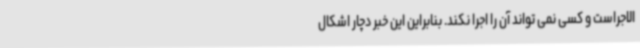
الاجراست و کسی نمی تواند آن را اجرا نکند. بنابراین این خبر دچار اشکال